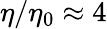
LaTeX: \eta/\eta_{0}\approx 4